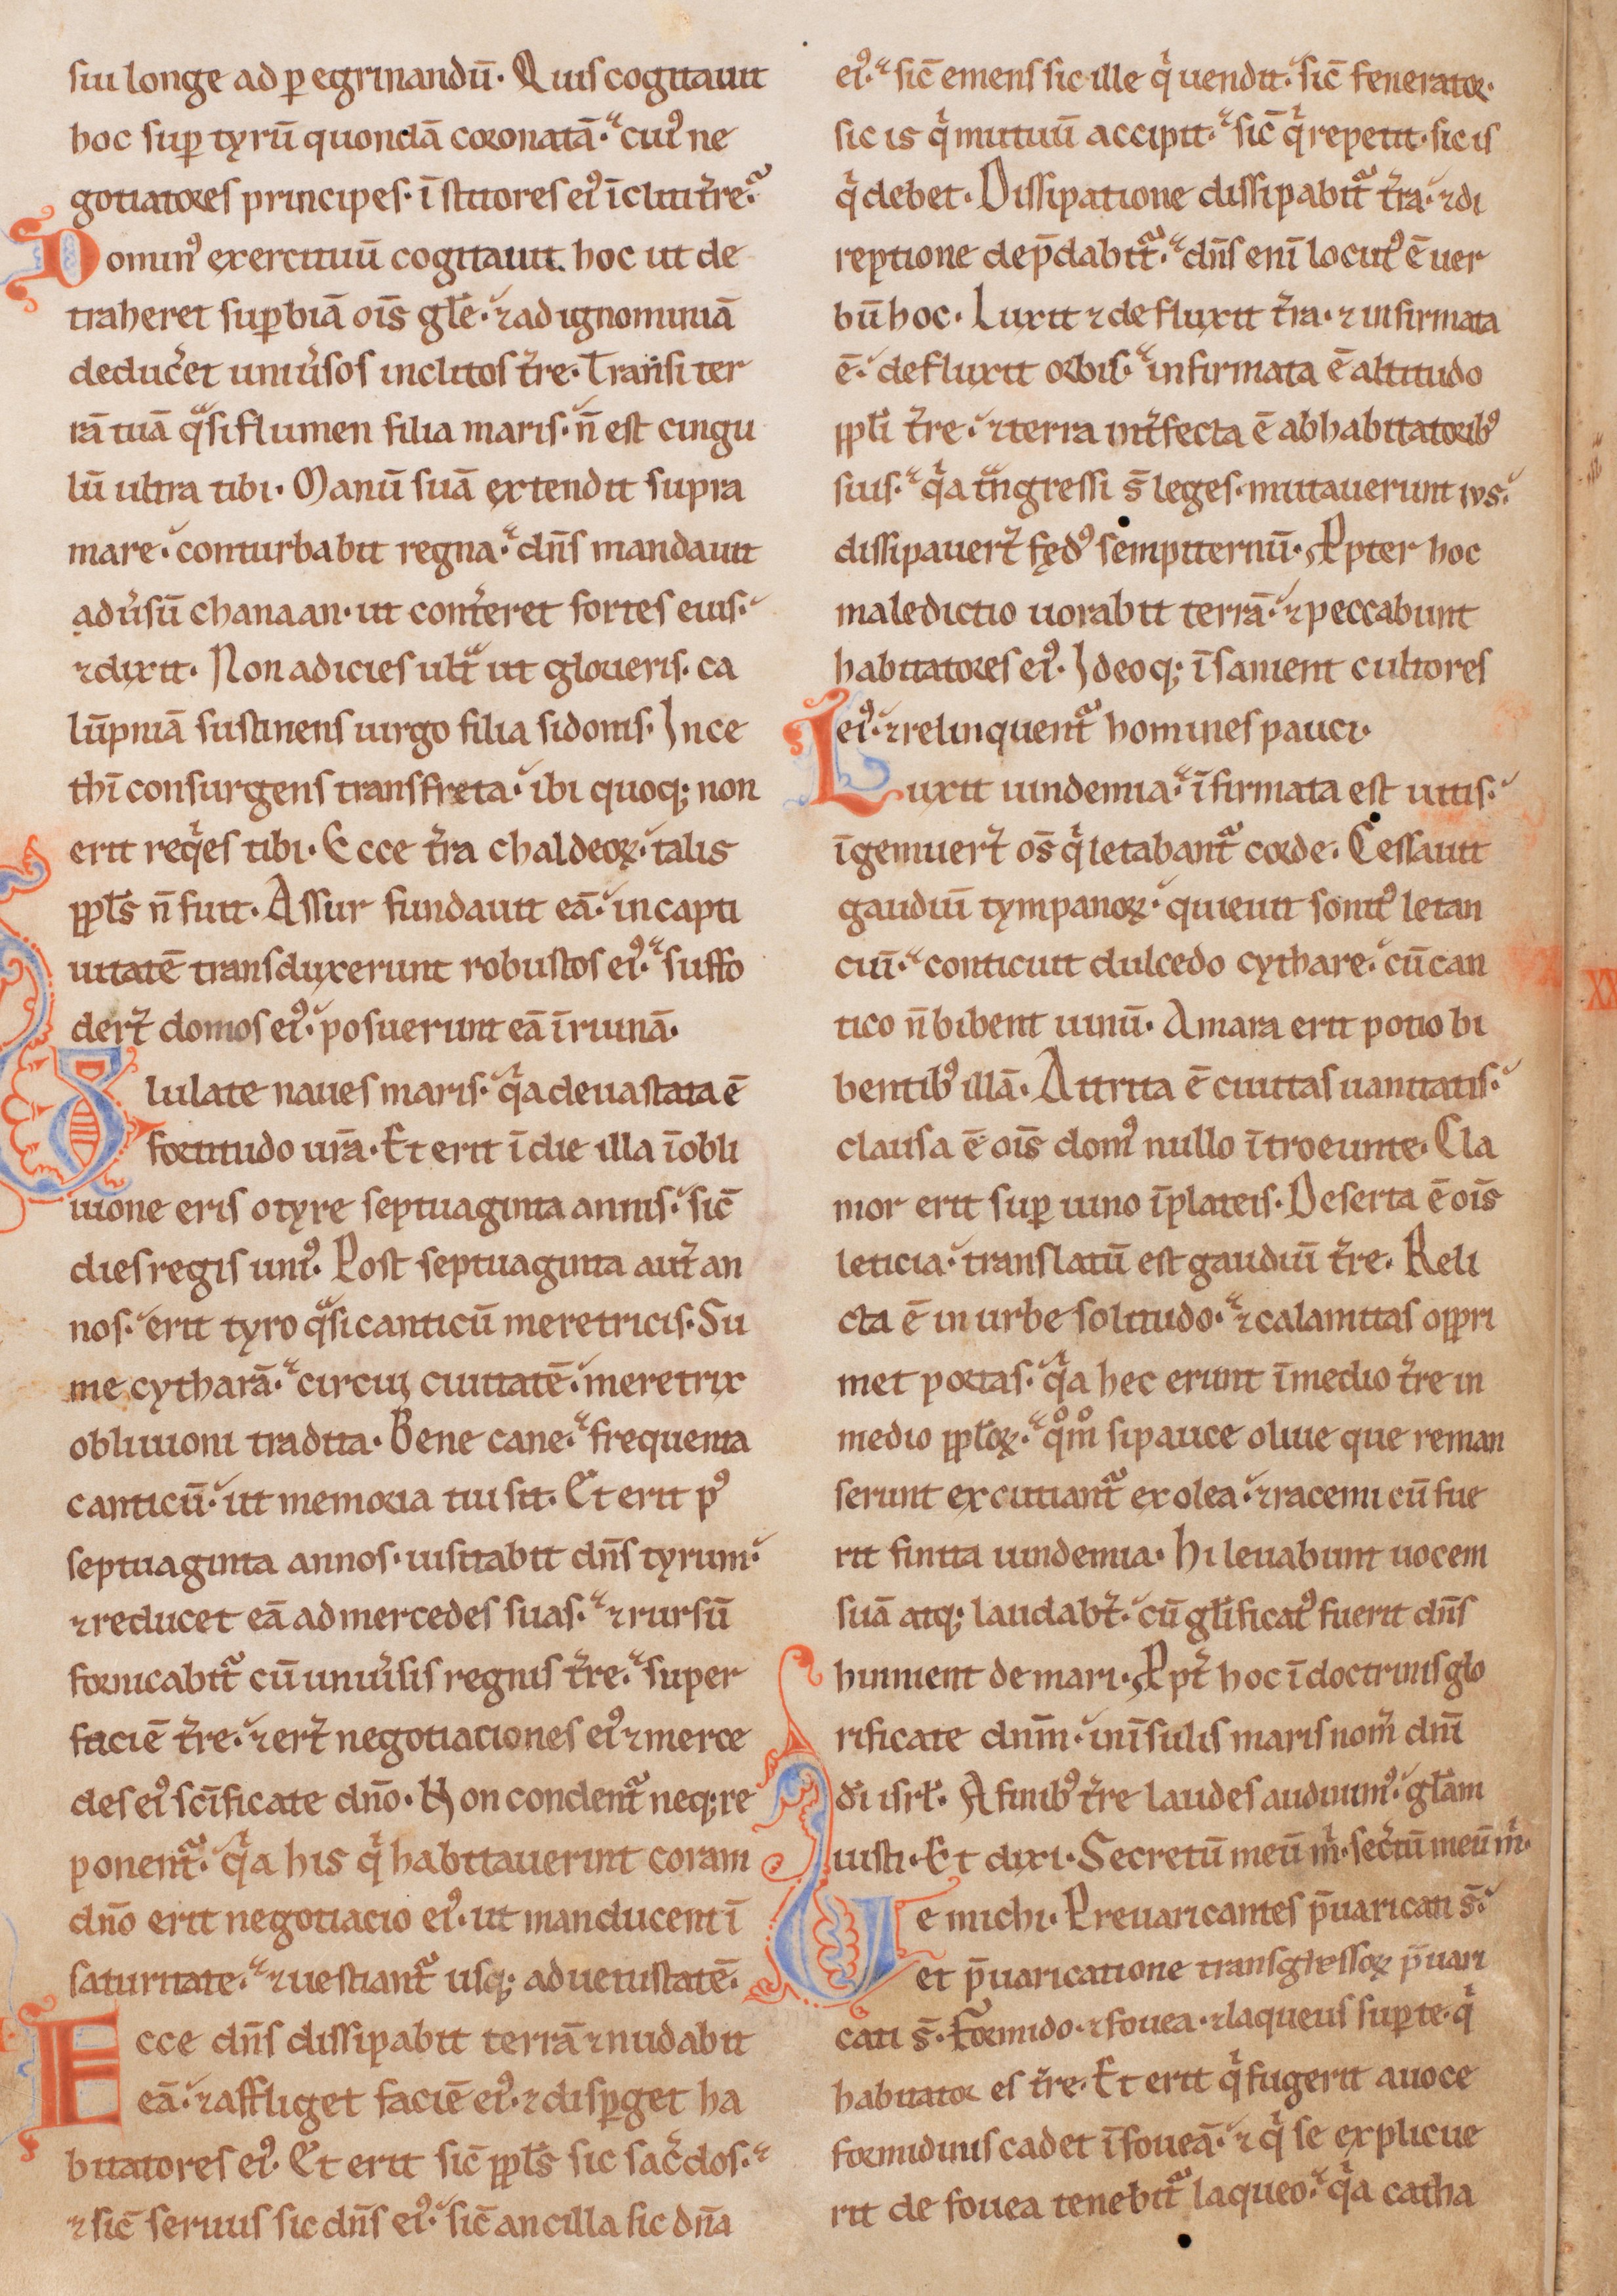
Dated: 1200–1249